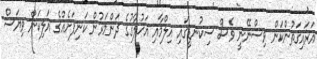
އަރައިގަތުންކަން ވިސްނޭނީ ވެސް ސިކުނޑީގައި އިލްމާއި އަޚުލާގުގެ ދަންމަރުން ކަނިފަށެއްގެ އަލިކަން ވިޔަސް